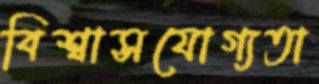
বিশ্বাসযোগ্যতা